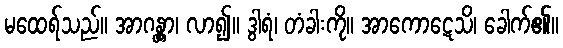
မထေရ်သည်။ အာဂန္တွာ၊ လာ၍။ ဒွါရံ၊ တံခါးကို။ အာကောဋေသိ၊ ခေါက်၏။